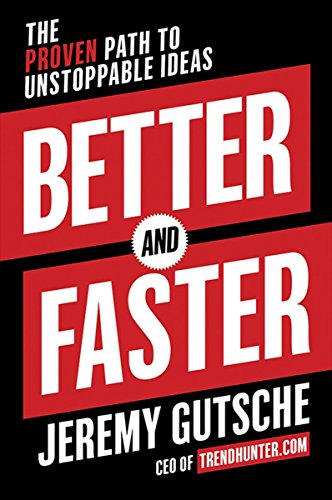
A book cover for Better and Faster: The Proven Path to Unstoppable Ideas; Jeremy Gutsche; Business & Money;